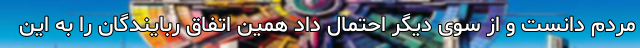
مردم دانست و از سوی دیگر احتمال داد همین اتفاق ربایندگان را به این